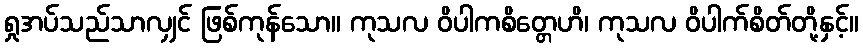
ရှုအပ်သည်သာလျှင် ဖြစ်ကုန်သော။ ကုသလ ဝိပါကစိတ္တေဟိ၊ ကုသလ ဝိပါက်စိတ်တို့နှင့်။